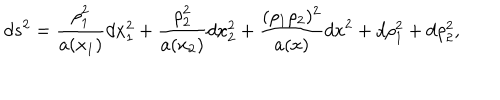
d s ^ { 2 } = \frac { \rho _ { 1 } ^ { 2 } } { a ( x _ { 1 } ) } d x _ { 1 } ^ { 2 } + \frac { \rho _ { 2 } ^ { 2 } } { a ( x _ { 2 } ) } d x _ { 2 } ^ { 2 } + \frac { ( \rho _ { 1 } \rho _ { 2 } ) ^ { 2 } } { a ( x ) } d x ^ { 2 } + d \rho _ { 1 } ^ { 2 } + d \rho _ { 2 } ^ { 2 } ,